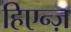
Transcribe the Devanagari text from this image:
हिएन्ज़